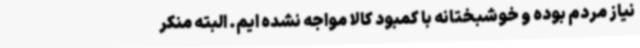
نیاز مردم بوده و خوشبختانه با کمبود کالا مواجه نشده ایم. البته منکر